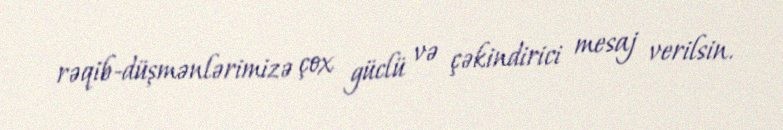
rəqib-düşmənlərimizə çox güclü və çəkindirici mesaj verilsin.